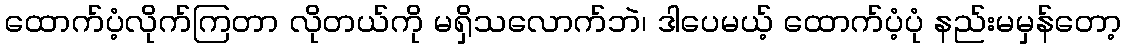
ထောက်ပံ့လိုက်ကြတာ လိုတယ်ကို မရှိသလောက်ဘဲ၊ ဒါပေမယ့် ထောက်ပံ့ပုံ နည်းမမှန်တော့